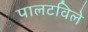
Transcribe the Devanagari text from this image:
पालटविले